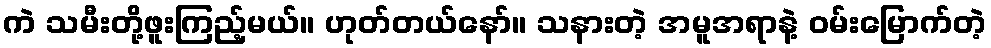
ကဲ သမီးတို့ဖူးကြည့်မယ်။ ဟုတ်တယ်နော်။ သနားတဲ့ အမူအရာနဲ့ ဝမ်းမြောက်တဲ့